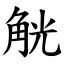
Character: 觥